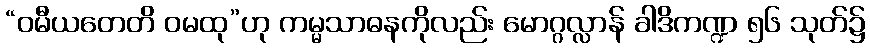
“ဝမီယတေတိ ဝမထု”ဟု ကမ္မသာဓနကိုလည်း မောဂ္ဂလ္လာန် ခါဒိကဏ္ဍ ၅၆ သုတ်၌